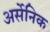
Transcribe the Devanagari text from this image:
अर्सेनिक